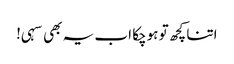
اتنا کچھ تو ہوچکا اب یہ بھی سہی!